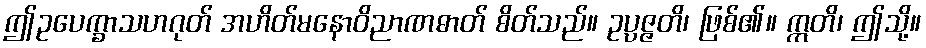
ဤဥပေက္ခာသဟဂုတ် အဟိတ်မနောဝိညာဏဓာတ် စိတ်သည်။ ဥပ္ပဇ္ဇတိ၊ ဖြစ်၏။ ဣတိ၊ ဤသို့။